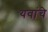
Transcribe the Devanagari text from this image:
यवांचे